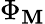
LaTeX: \Phi_{\mathbf{M}}